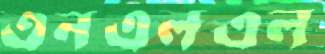
এনএলএল